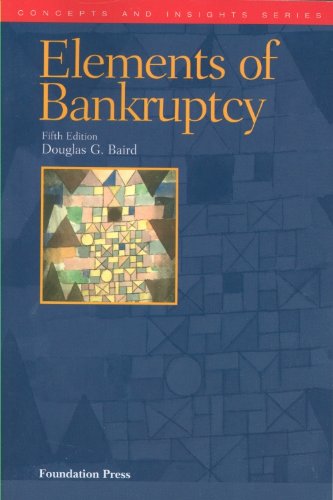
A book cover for The Elements of Bankruptcy, 5th (Concepts & Insights) (Concepts and Insights); Douglas Baird; Law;